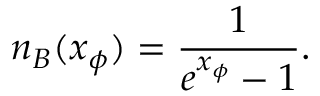
n _ { B } ( x _ { \phi } ) = \frac { 1 } { e ^ { x _ { \phi } } - 1 } .